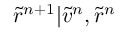
\tilde { r } ^ { n + 1 } | \tilde { v } ^ { n } , \tilde { r } ^ { n }